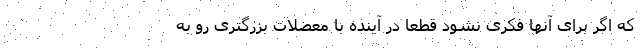
که اگر برای‌ آنها فکری نشود قطعا در آینده با معضلات بزرگتری رو به